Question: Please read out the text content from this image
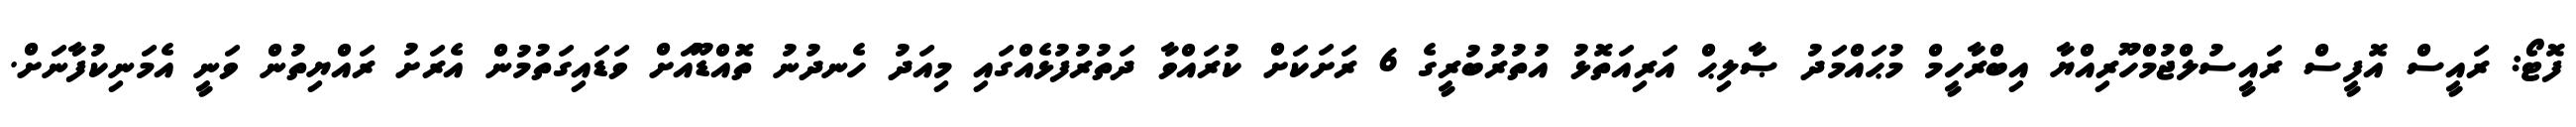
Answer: ފޮޓޯ: ރައީސް އޮފީސް ރައީސުލްޖުމްހޫރިއްޔާ އިބްރާހީމް މުޙައްމަދު ޞާލިޙް އަރިއަތޮޅު އުތުރުބުރީގެ 6 ރަށަކަށް ކުރައްވާ ދަތުރުފުޅެއްގައި މިއަދު ހެނދުނު ތޮއްޑޫއަށް ވަޑައިގަތުމުން އެރަށު ރައްޔިތުން ވަނީ އެމަނިކުފާނަށް.